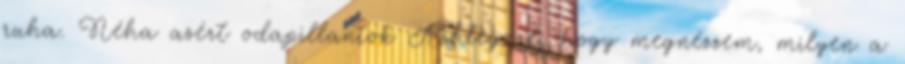
ruha. Néha azért odapillantok Ashley-re, hogy megnézzem, milyen a